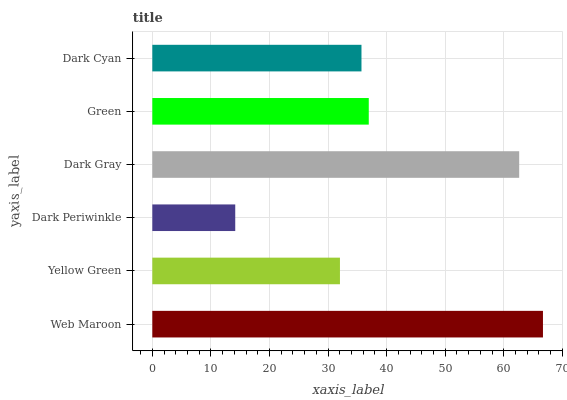
| yaxis_label | bars |
 | --- | --- |
 | Web Maroon | 66.7 |
 | Yellow Green | 32 |
 | Dark Periwinkle | 14.2 |
 | Dark Gray | 62.6 |
 | Green | 36.9 |
 | Dark Cyan | 35.7 |